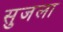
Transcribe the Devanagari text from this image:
सुजला